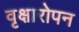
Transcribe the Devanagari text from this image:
वृक्षारोपन